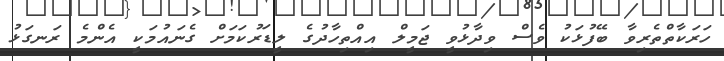
ހަރަކާތްތެރިވާ ބޭފުޅަކު ވެސް ވިދާޅުވީ ޖަމީލް އިއްތިހާދުގެ ލީޑަރުކަމަށް ގެނައުމަކީ އެންމެ ރަނގަޅު